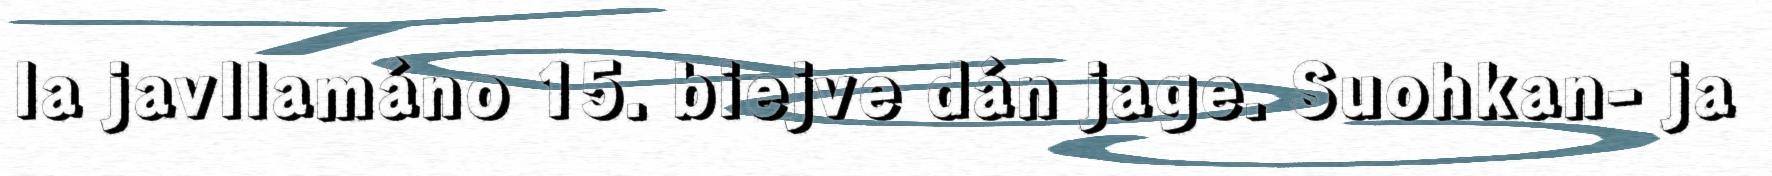
la javllamáno 15. biejve dán jage. Suohkan- ja